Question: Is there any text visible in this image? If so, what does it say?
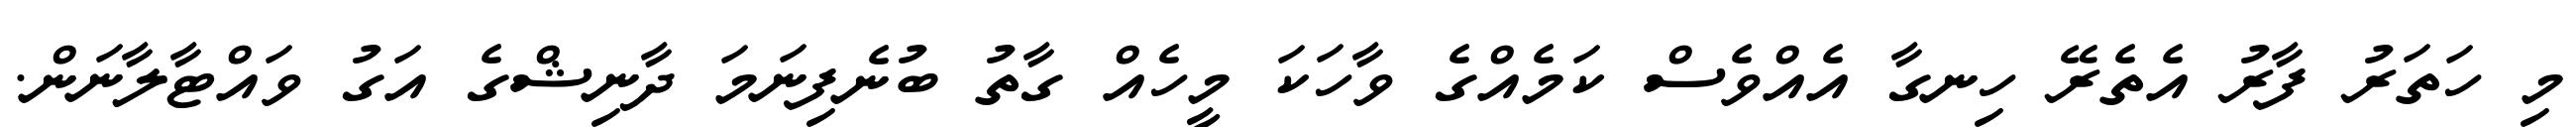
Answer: މި ހަތަރު ފާރު އެތެރޭ ހިނގާ އެއްވެސް ކަމެއްގެ ވާހަކަ މީހެއް ގާތު ބުނެފިނަމަ ދާނިޝްގެ އަގު ވައްޓާލާނަން.